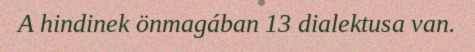
A hindinek önmagában 13 dialektusa van.